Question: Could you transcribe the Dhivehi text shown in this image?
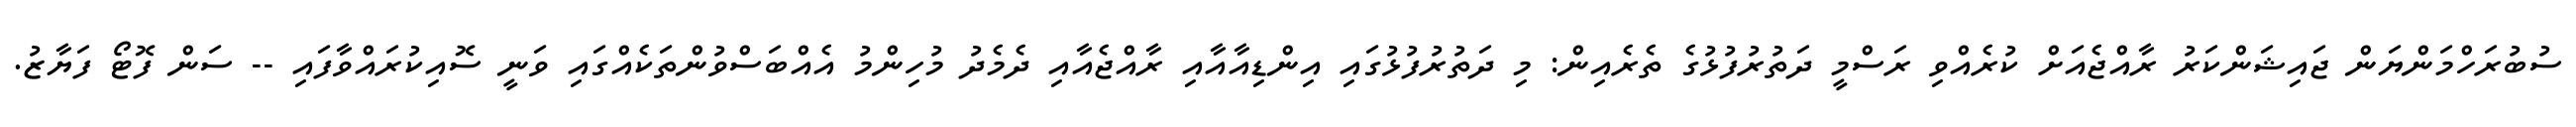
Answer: ސުބުރަހްމަންޔަން ޖައިޝަންކަރު ރާއްޖެއަށް ކުރެއްވި ރަސްމީ ދަތުރުފުޅުގެ ތެރެއިން: މި ދަތުރުފުޅުގައި އިންޑިއާއާއި ރާއްޖެއާއި ދެމެދު މުހިންމު އެއްބަސްވުންތަކެއްގައި ވަނީ ސޮއިކުރައްވާފައި -- ސަން ފޮޓޯ ފަޔާޒު.